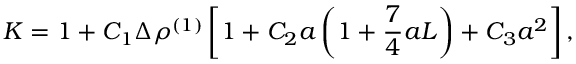
K = 1 + C _ { 1 } \Delta \rho ^ { ( 1 ) } \left[ 1 + C _ { 2 } a \left( 1 + { \frac { 7 } { 4 } } a L \right) + C _ { 3 } a ^ { 2 } \right] ,